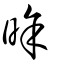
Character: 𣇞